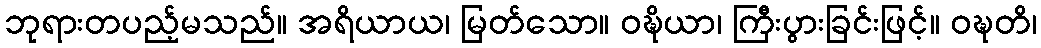
ဘုရားတပည့်မသည်။ အရိယာယ၊ မြတ်သော။ ဝဍ္ဎိယာ၊ ကြီးပွားခြင်းဖြင့်။ ဝဍ္ဎတိ၊